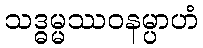
သဒ္ဓမ္မဿဝနမ္ပာဟံ